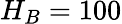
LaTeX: H_{B}=100